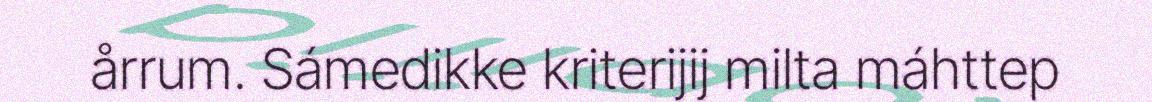
årrum. Sámedikke kriterijij milta máhttep